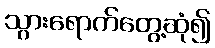
သွားရောက်တွေ့ဆုံ၍